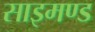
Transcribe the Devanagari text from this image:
साइमण्ड